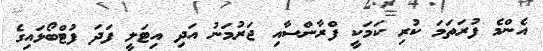
އެންމެ ފުރަތަމަ ކުރި ކަމަކީ ފްރާންސާއި ޖަރުމަނު އަދި އިޓަލީ ފަދަ ފުޓްބޯޅައިގެ